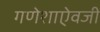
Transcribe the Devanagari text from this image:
गणेशाऐवजी